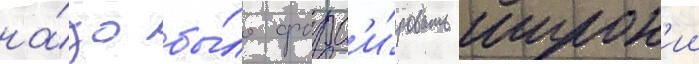
на́до бы́ло форс'и́ровать широк'ии